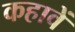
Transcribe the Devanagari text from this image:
कहावें